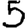
Digit: 5